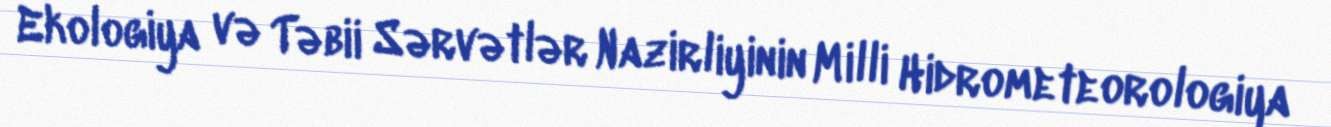
Ekologiya və Təbii Sərvətlər Nazirliyinin Milli Hidrometeorologiya